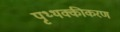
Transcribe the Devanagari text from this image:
पृथ्थक्कीकरण